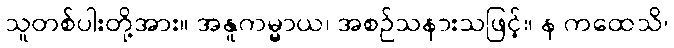
သူတစ်ပါးတို့အား။ အနူကမ္မာယ၊ အစဉ်သနားသဖြင့်။ န ကထေသိ၊